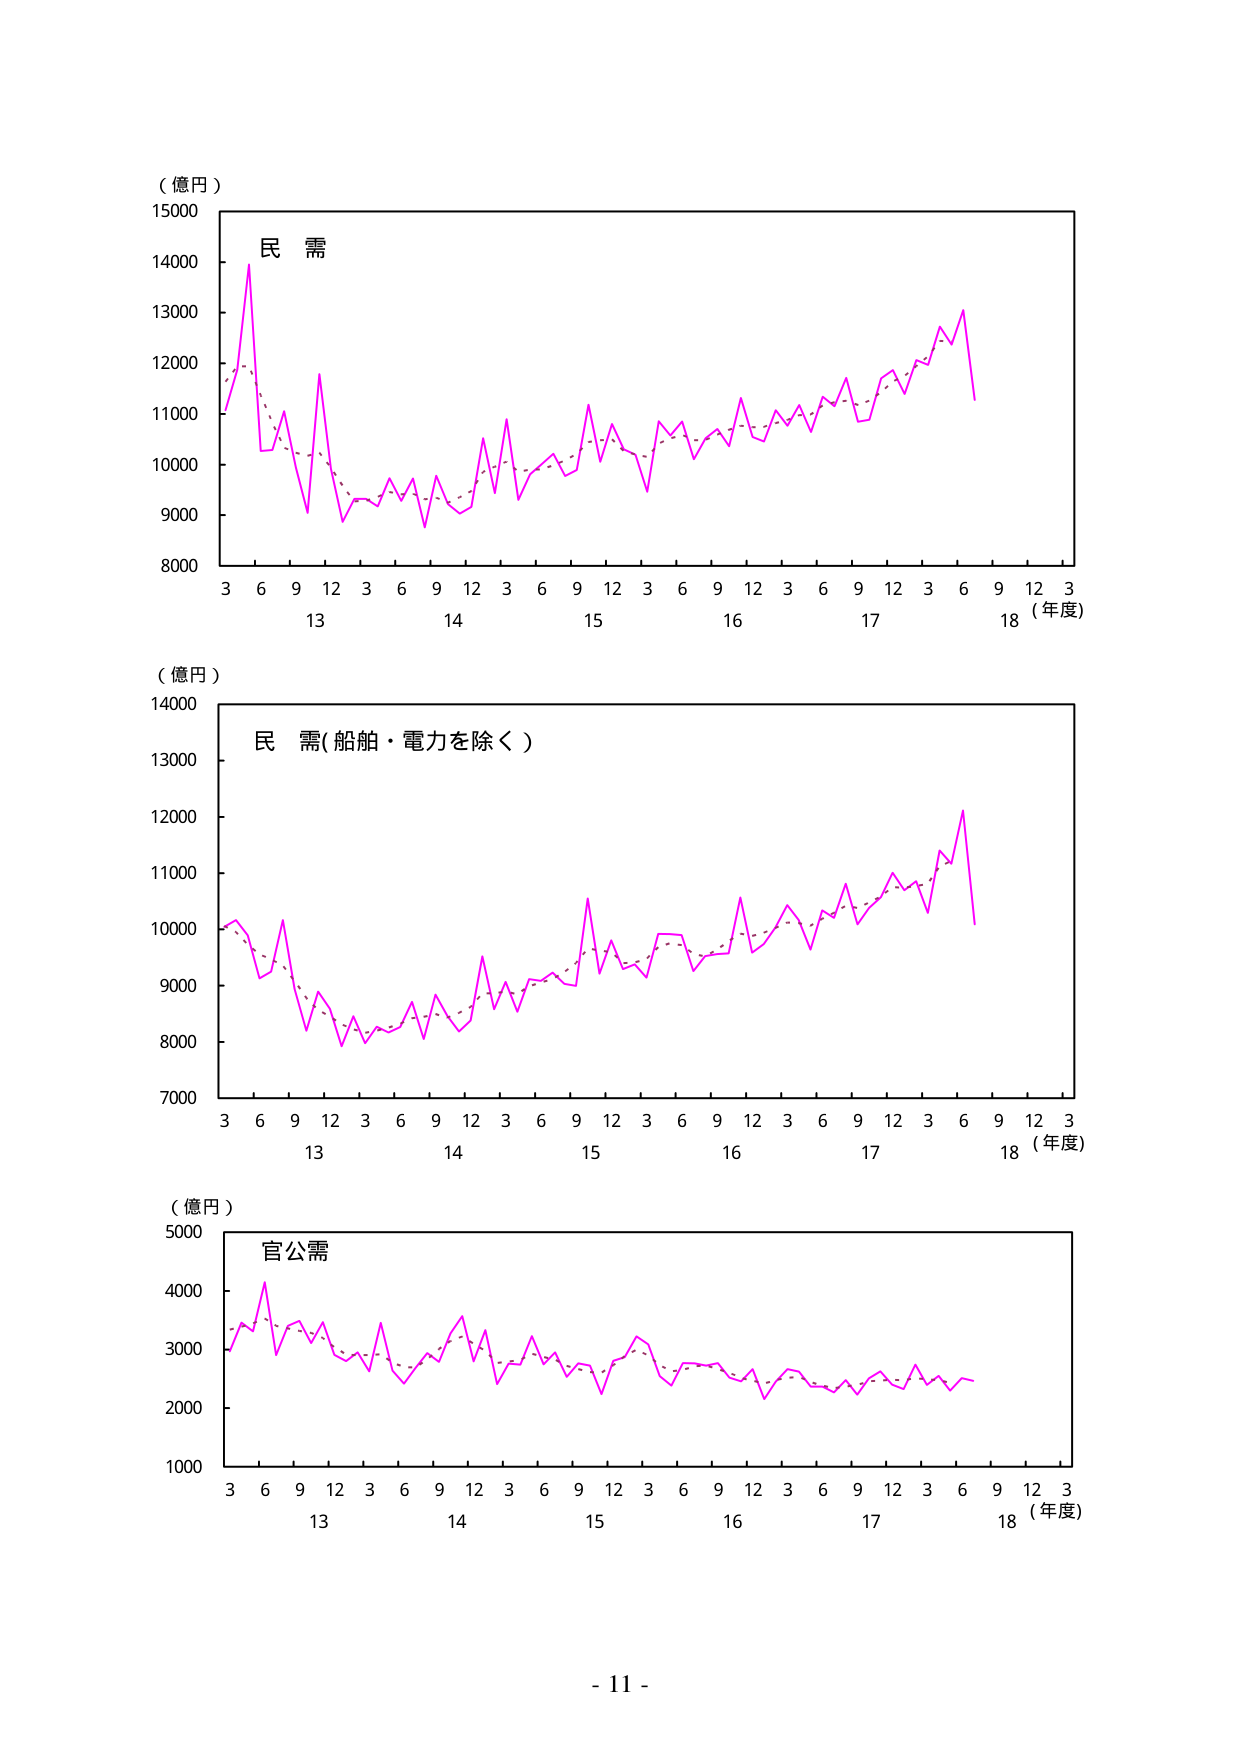
（億円）
15000
14000
13000
12000
11000
10000
9000
8000
民 需
3 6 9 12 3 6 9 12 3 6 9 12 3 6 9 12 3 6 9 12 3
13 14 15 16 17 18 （年度）

（億円）
14000
13000
12000
11000
10000
9000
8000
7000
民 需（船舶・電力を除く）
3 6 9 12 3 6 9 12 3 6 9 12 3 6 9 12 3 6 9 12 3
13 14 15 16 17 18 （年度）

（億円）
5000
4000
3000
2000
1000
官公需
3 6 9 12 3 6 9 12 3 6 9 12 3 6 9 12 3 6 9 12 3
13 14 15 16 17 18 （年度）

- 11 -